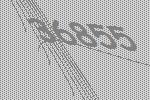
36855